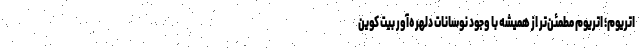
اتریوم؛ اتریوم مطمئن‌تر از همیشه با وجود نوسانات دلهره‌آور بیت کوین